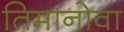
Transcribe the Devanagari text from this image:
तिमानोवा